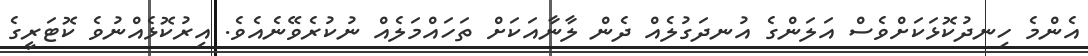
އެންމެ ހިނދުކޮޅަކަށްވެސް އަލަންގެ އުނދަގުލެއް ދެން ލާނާއަކަށް ތަހައްމަލެއް ނުކުރެވޭނެއެވެ. އިރުކޮޅެއްނުވެ ކޮޓަރީގެ